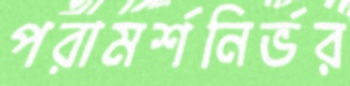
পরামর্শনির্ভর